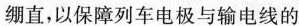
绷直，以保障列车电极与输电线的